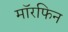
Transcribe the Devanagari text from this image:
मॉरफिन